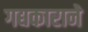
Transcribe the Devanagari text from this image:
गद्यकाराने